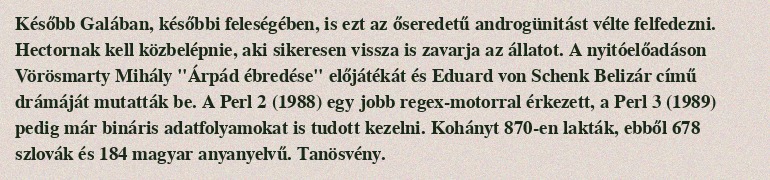
Később Galában, későbbi feleségében, is ezt az őseredetű androgünitást vélte felfedezni. Hectornak kell közbelépnie, aki sikeresen vissza is zavarja az állatot. A nyitóelőadáson Vörösmarty Mihály "Árpád ébredése" előjátékát és Eduard von Schenk Belizár című drámáját mutatták be. A Perl 2 (1988) egy jobb regex-motorral érkezett, a Perl 3 (1989) pedig már bináris adatfolyamokat is tudott kezelni. Kohányt 870-en lakták, ebből 678 szlovák és 184 magyar anyanyelvű. Tanösvény.